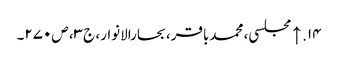
۱۴. ↑ مجلسی، محمدباقر، بحارالانوار، ج‌۳، ص‌۲۷۰۔